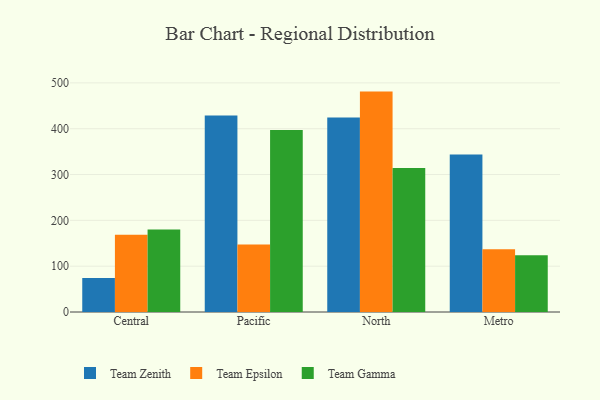
{"axis": {"x": "Region", "y": "Bounce Rate (%)"}, "legend": ["Team Epsilon", "Team Gamma", "Team Zenith"], "data": [{"x": "Central", "y": 74.1, "type": "Team Zenith"}, {"x": "Central", "y": 168.7, "type": "Team Epsilon"}, {"x": "Central", "y": 180.1, "type": "Team Gamma"}, {"x": "Pacific", "y": 428.8, "type": "Team Zenith"}, {"x": "Pacific", "y": 147.2, "type": "Team Epsilon"}, {"x": "Pacific", "y": 397.2, "type": "Team Gamma"}, {"x": "North", "y": 424.3, "type": "Team Zenith"}, {"x": "North", "y": 481.0, "type": "Team Epsilon"}, {"x": "North", "y": 314.3, "type": "Team Gamma"}, {"x": "Metro", "y": 343.5, "type": "Team Zenith"}, {"x": "Metro", "y": 136.7, "type": "Team Epsilon"}, {"x": "Metro", "y": 124.0, "type": "Team Gamma"}]}